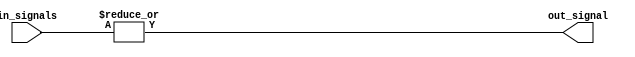
module or_gate (
    input [7:0] in_signals,
    output reg out_signal
);

always@(in_signals) begin
    out_signal = |in_signals;
end

endmodule